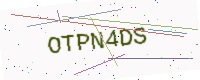
Text: OTPN4DS